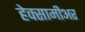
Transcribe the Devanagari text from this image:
हेक्सामीअर